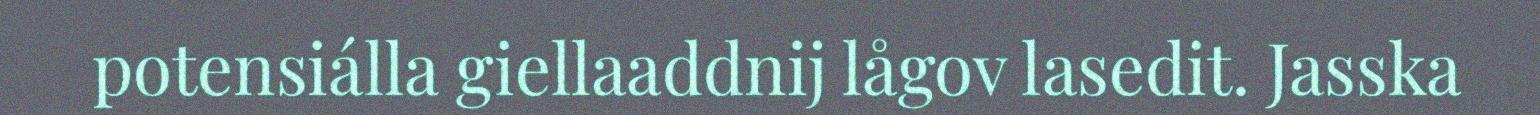
potensiálla giellaaddnij lågov lasedit. Jasska